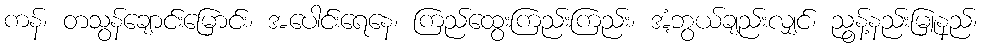
ကန်၊ တသွန်ချောင်းမြောင်း၊ အပေါင်းရေနေ၊ ကြည်ထွေးကြည်းကြည်း၊ အံ့ဘွယ်ချည်းလျှင်၊ ညွန့်နည်းမြူနည်၊